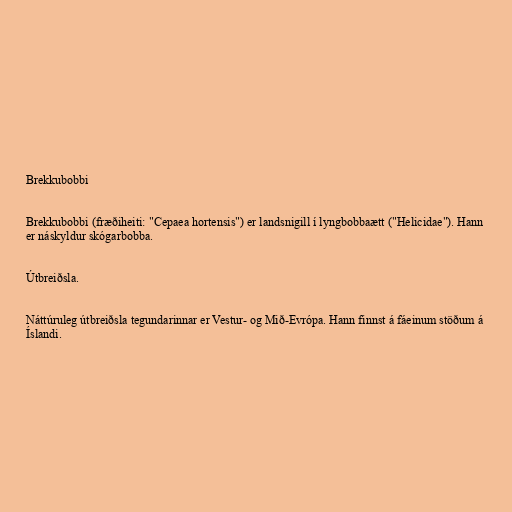
Brekkubobbi

Brekkubobbi (fræðiheiti: "Cepaea hortensis") er landsnigill í lyngbobbaætt ("Helicidae"). Hann
er náskyldur skógarbobba.

Útbreiðsla.

Náttúruleg útbreiðsla tegundarinnar er Vestur- og Mið-Evrópa. Hann finnst á fáeinum stöðum á
Íslandi.